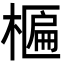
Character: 𬄈